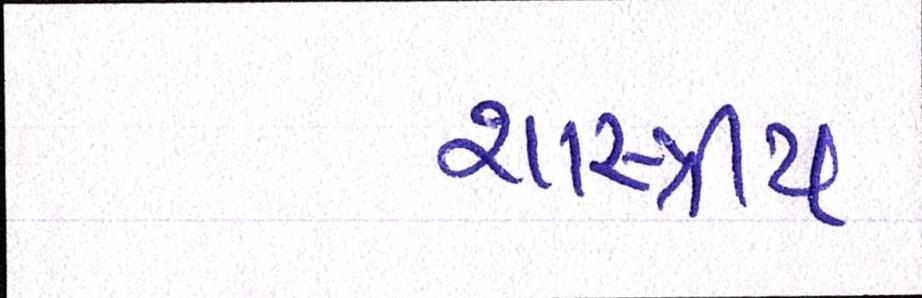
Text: શાસ્ત્રીય